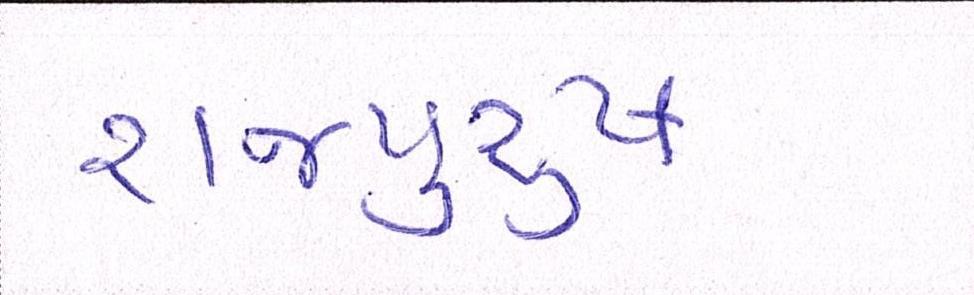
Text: રાજપુરુષ